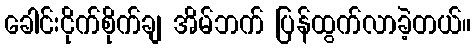
ခေါင်းငိုက်စိုက်ချ အိမ်ဘက် ပြန်ထွက်လာခဲ့တယ်။